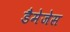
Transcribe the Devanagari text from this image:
डैमेजेस